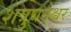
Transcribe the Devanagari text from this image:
शत्रुघनेश्वर